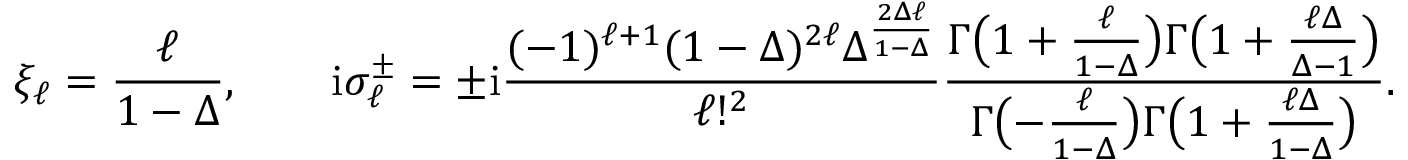
\xi _ { \ell } = \frac { \ell } { 1 - \Delta } , \qquad \mathrm { i } \sigma _ { \ell } ^ { \pm } = \pm \mathrm { i } \frac { ( - 1 ) ^ { \ell + 1 } ( 1 - \Delta ) ^ { 2 \ell } \Delta ^ { \frac { 2 \Delta \ell } { 1 - \Delta } } } { \ell ! ^ { 2 } } \frac { \Gamma \bigl ( 1 + \frac { \ell } { 1 - \Delta } \bigr ) \Gamma \bigl ( 1 + \frac { \ell \Delta } { \Delta - 1 } \bigr ) } { \Gamma \bigl ( - \frac { \ell } { 1 - \Delta } \bigr ) \Gamma \bigl ( 1 + \frac { \ell \Delta } { 1 - \Delta } \bigr ) } .